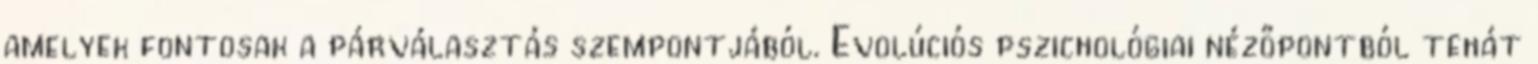
amelyek fontosak a párválasztás szempontjából. Evolúciós pszichológiai nézőpontból tehát